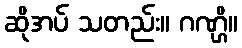
ဆိုအပ် သတည်း။ ဂဏ္ဌိ။